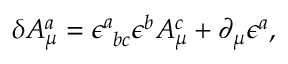
\delta A _ { \mu } ^ { a } = \epsilon _ { \ b c } ^ { a } \epsilon ^ { b } A _ { \mu } ^ { c } + \partial _ { \mu } \epsilon ^ { a } ,